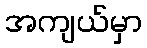
အကျယ်မှာ